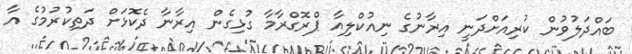
ބައްދަލުވުން ކުރިއަށްދަނީ އިރާނުގެ ނިއުކްލިއާ ޕްރޮގްރާމާ ގުޅިގެން އިރާނާ ދެކޮޅަށް ދަތިކުރުމުގެ އާ